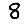
Digit: 8